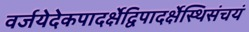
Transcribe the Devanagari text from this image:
वर्जयेदेकपादर्क्षेद्विपादर्क्षेस्थिसंचयं